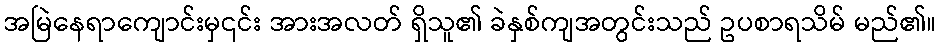
အမြဲနေရာကျောင်းမှ၎င်း အားအလတ် ရှိသူ၏ ခဲနှစ်ကျအတွင်းသည် ဥပစာရသိမ် မည်၏။